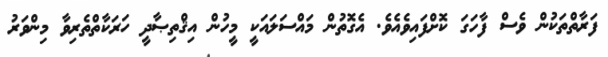
ފަރާތްތަކުން ވެސް ފާހަގަ ކޮށްފައިވެއެވެ. އެގޮތުން މައްސަލައަކީ މީހުން އިޤްތިޞާދީ ހަރަކާތްތެރިވާ މިންވަރު